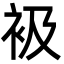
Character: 衱